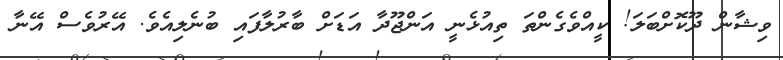
ވިޝާން ދޫކޮށްބަލަ! ކީއްވެގެންތަ ތިއުޅެނީ އަންޖޫދާ އަޑަށް ބާރުލާފައި ބުނެލިއެވެ. އޭރުވެސް އޭނާ